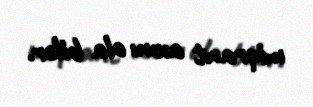
miqrant axını ola bilər.